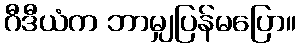
ဂီဒီယံက ဘာမျှပြန်မပြော။